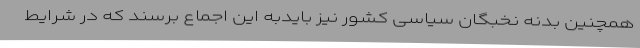
همچنین بدنه نخبگان سیاسی کشور نیز بایدبه این اجماع برسند که در شرایط